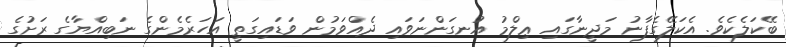
ބޭކަލެކެވެ. އެކަލޭގެފާނު މަދީނާގައި ޢިލްމު އުނގަންނަވައި ދެއްވަމުން ވަޑައިގަތީ އަހަރެމެންގެ ނަބިއްޔާގެ ރަށުގެ